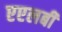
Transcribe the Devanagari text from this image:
एएलबी